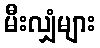
မီးလျှံများ